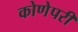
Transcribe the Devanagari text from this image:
कोणेपरी